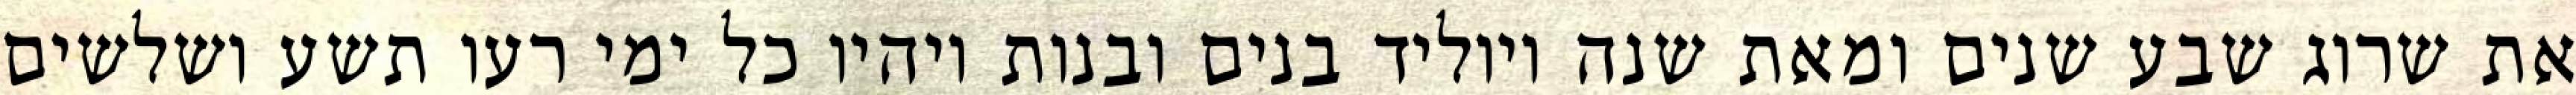
את שרוג שבע שנים ומאת שנה ויוליד בנים ובנות ויהיו כל ימי רעו תשע ושלשים